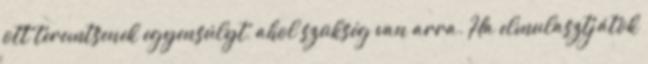
ott teremtsenek egyensúlyt, ahol szükség van arra. Ha elmulasztjátok